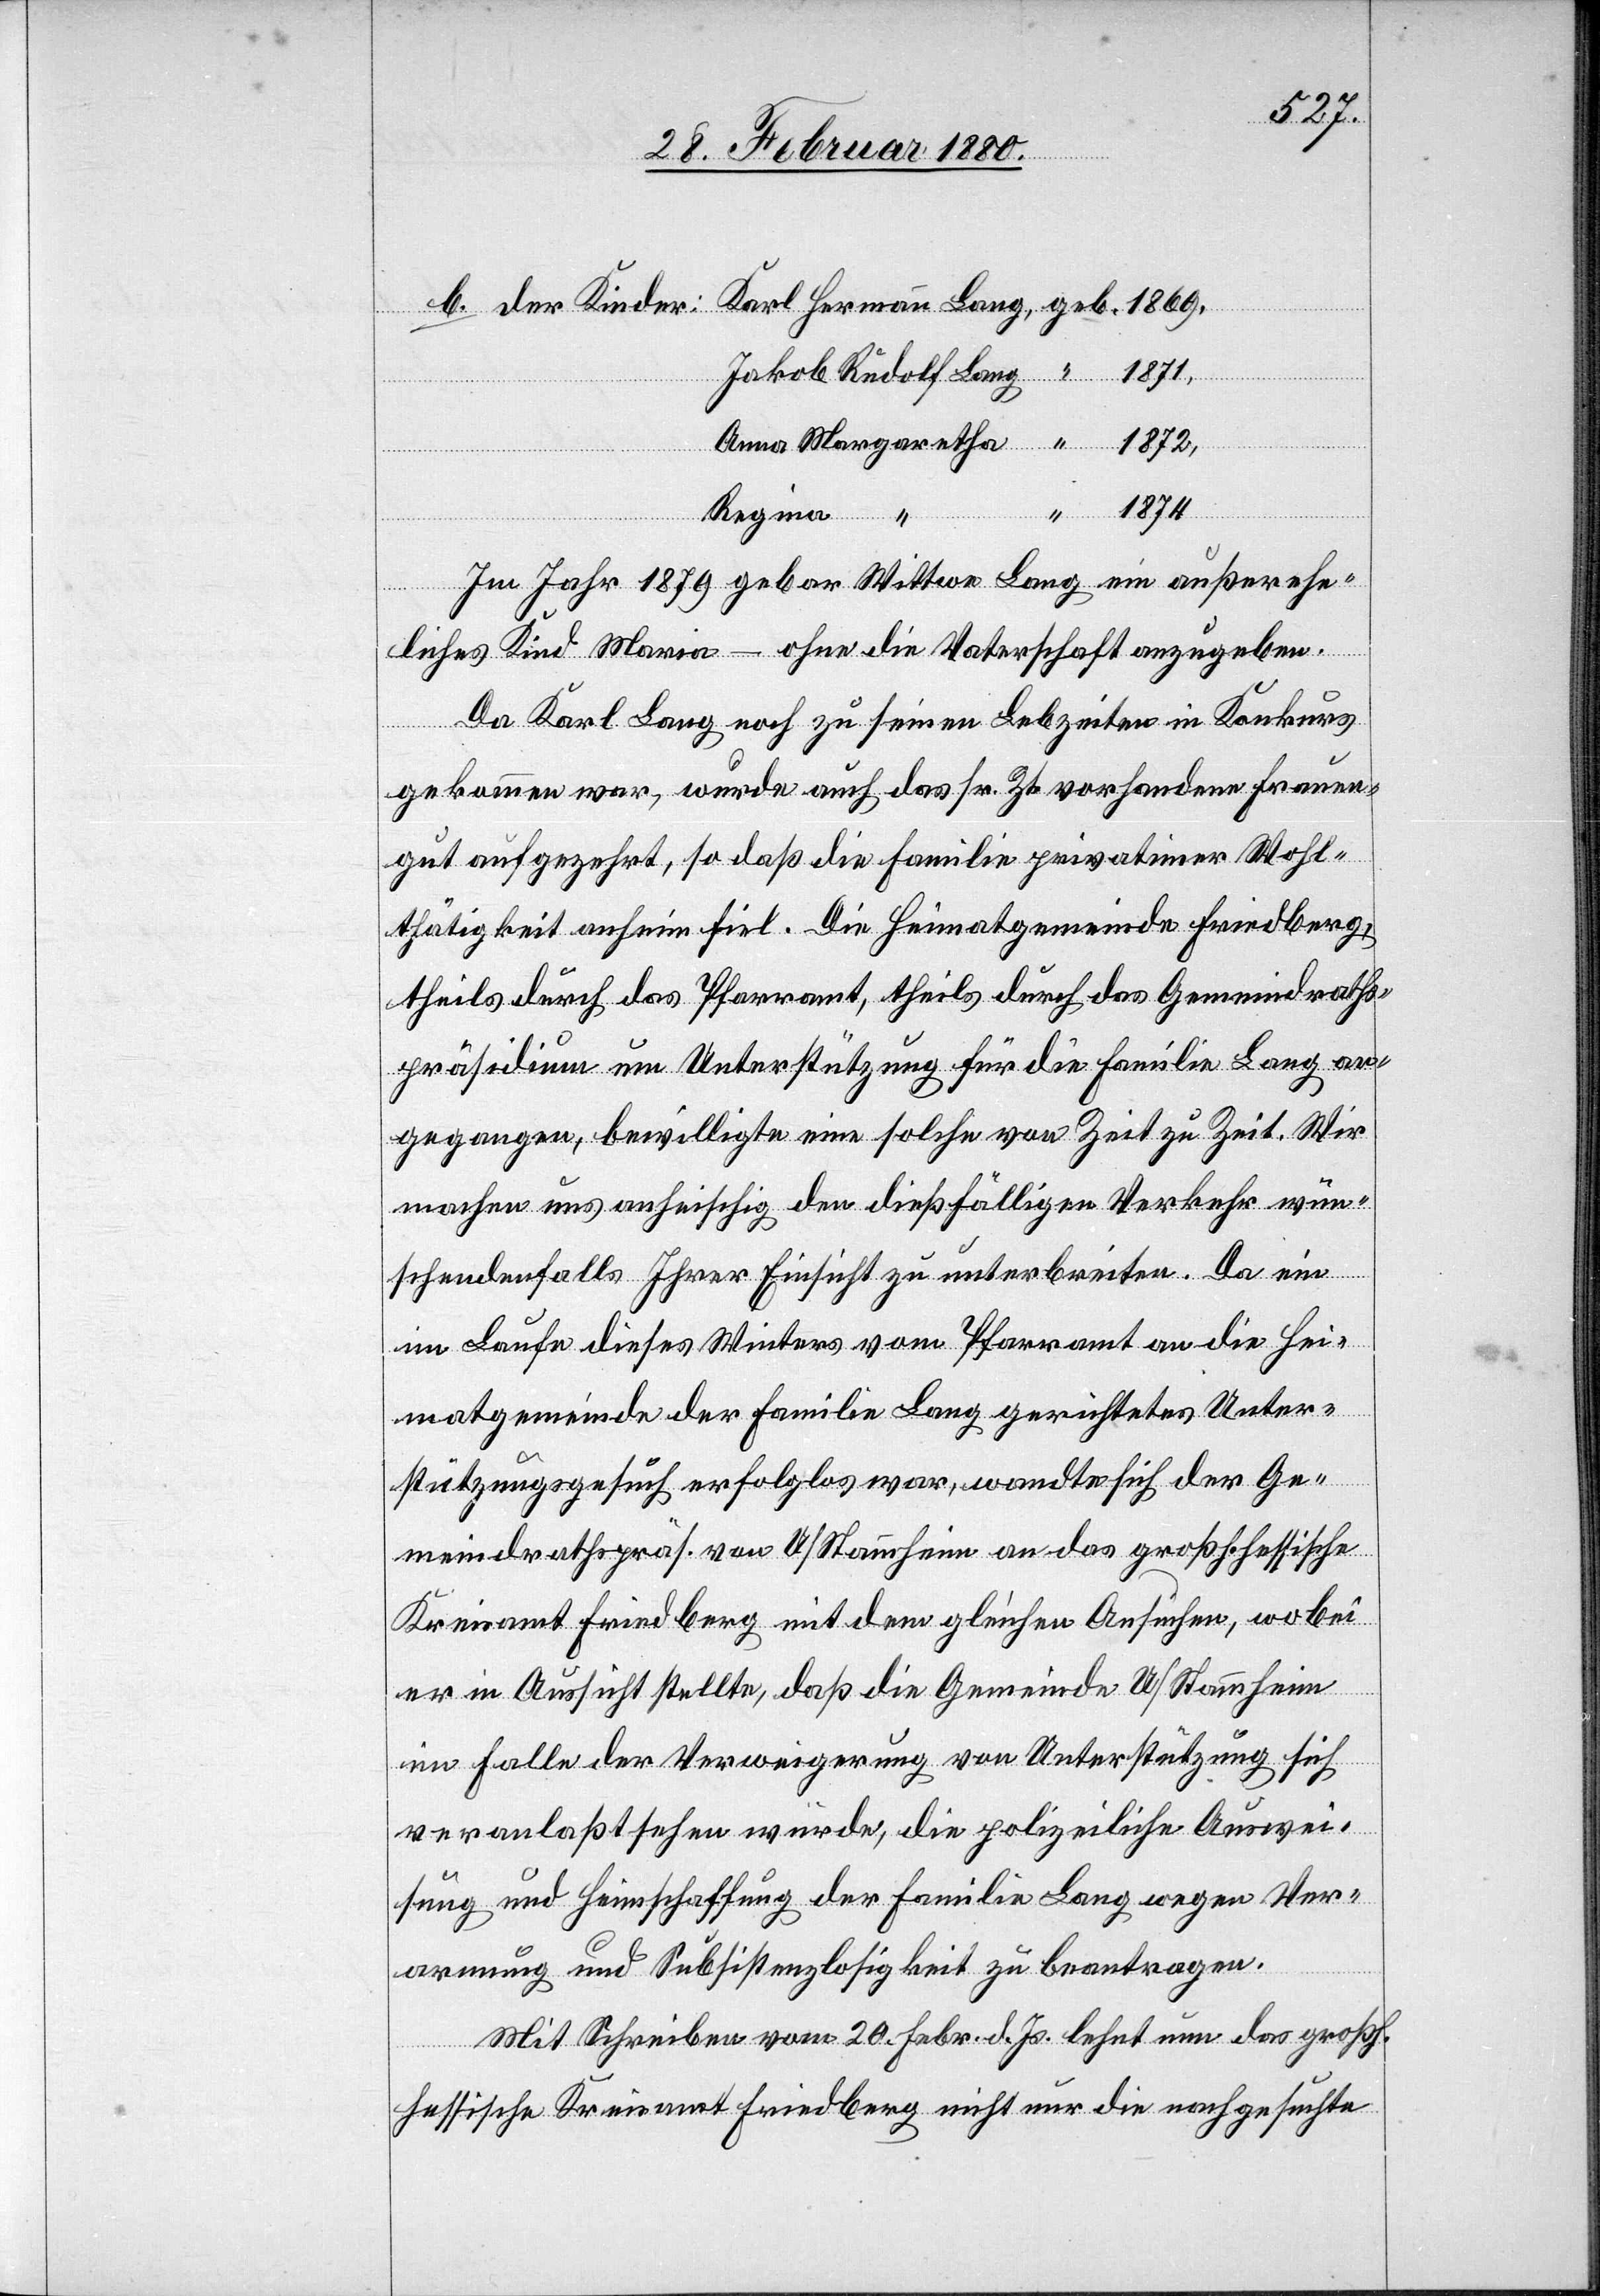
Karl Hermann Lang, geb. 1869,
der
Kinder:
Jakob Rudolf Lang, “ 1871,
Anna Margaretha, “ 1872,
“ “
1874
Regina
Im Jahr 1879 gebar Wittwe Lang ein außerehe¬
liches Kind Maria – ohne die Vaterschaft anzugeben.
Da Karl Lang noch zu seinen Lebzeiten in Konkurs
gekommen war, wurde auch das sr. Zt. vorhandene Frauen¬
gut aufgezehrt, so daß die Familie privatimer Wohl¬
thätigkeit anheim fiel. Die Heimatgemeinde Friedberg,
theils durch das Pfarramt, theils durch das Gemeindraths¬
präsidium um Unterstützung für die Familie Lang an¬
gegangen, bewilligte eine solche von Zeit zu Zeit. Wir
machen uns anheischig den dießfälligen Verkehr wün¬
schendenfalls Ihrer Einsicht zu unterbreiten. Da ein
im Laufe dieses Winters vom Pfarramt an die Hei¬
matgemeinde der Familie Lang gerichtetes Unter¬
stützungsgesuch erfolglos war, wandte sich der Ge¬
meindrathspräs. von U/Stammheim an das großh. hessische
Kreisamt Friedberg mit dem gleichen Ansuchen, wobei
er in Aussicht stellt, daß die Gemeinde U/Stammheim
im Falle der Verweigerung von Unterstützung sich
veranlaßt sehen würde, die polizeiliche Auswei¬
sung und Heimschaffung der Familie Lang wegen Ver¬
armung und Subsistenzlosigkeit zu beantragen.
Mit Schreiben vom 20. Febr. d. Js. lehnt nun das großh.
hessische Kreisamt Friedberg nicht nur die nachgesuchte